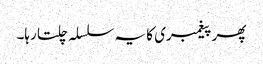
پھر پیغمبری کا یہ سلسلہ چلتا رہا۔